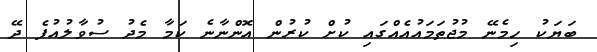
ބަޔަކު ހިމެނޭ މުޖުތަމައުއެއްގައި ކުށް ކުރުން އޮންނާނެ ކަމާ މެދު ސުވާލުއުފެ ދޭ